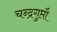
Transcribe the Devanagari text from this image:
चन्द्रगुप्तौ